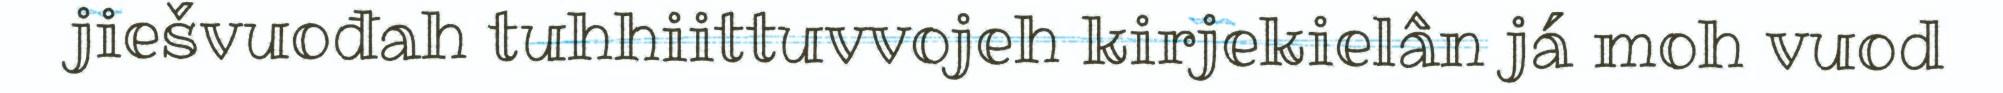
jiešvuođah tuhhiittuvvojeh kirjekielân já moh vuod